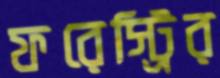
ফরেস্ট্রির